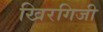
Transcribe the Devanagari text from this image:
खिरगिजी